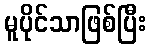
မူပိုင်သာဖြစ်ပြီး